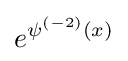
e^{\psi ^{(-2)}(x)}